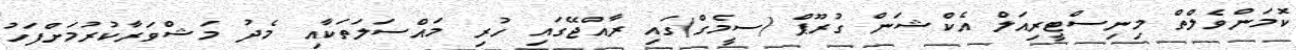
ކޮމަންވެލްތް މިނިސްޓީރިއަލް އެކްޝަން ގުރޫޕް (ސީމެގް)ގައި ރާއްޖޭގައި ހުރި މައްސަލަތަކާއި މެދު މަޝްވަރާކުރުމަށްފަހު